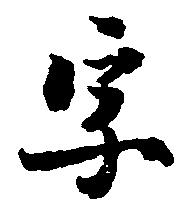
字